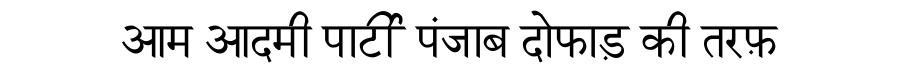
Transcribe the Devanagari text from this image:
आम आदमी पार्टी पंजाब दोफाड़ की तरफ़